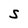
Character: S